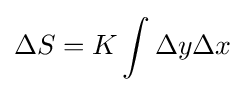
\Delta S=K\int \Delta y\Delta x